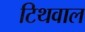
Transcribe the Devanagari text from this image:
टिथवाल